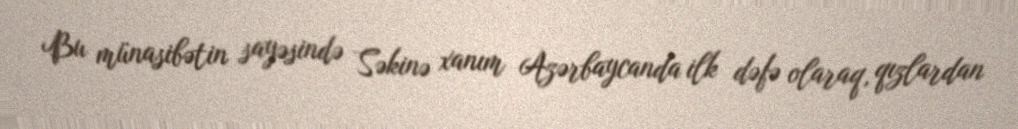
Bu münasibətin sayəsində Səkinə xanım Azərbaycanda ilk dəfə olaraq, qızlardan